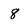
Character: 8